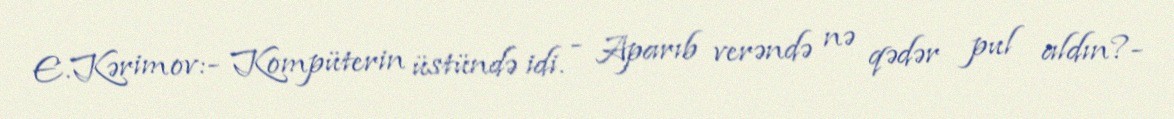
E.Kərimov:- Kompüterin üstündə idi. - Aparıb verəndə nə qədər pul aldın?-